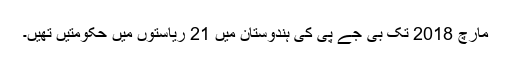
مارچ 2018 تک بی جے پی کی ہندوستان میں 21 ریاستوں میں حکومتیں تھیں۔